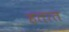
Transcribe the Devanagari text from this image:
हतात